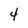
Character: 4